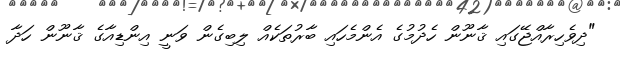
"ދިވެހިރާއްޖޭގައި ޤާނޫން ހެދުމުގެ އެންމެހައި ބާރުތަކެއް ލިބިގެން ވަނީ އިންޑިއާގެ ޤާނޫން ހަދާ